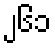
၂၆၁